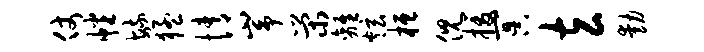
仗幡毓猛情峥荣离炫桓倪援冥玄动